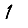
Digit: 1